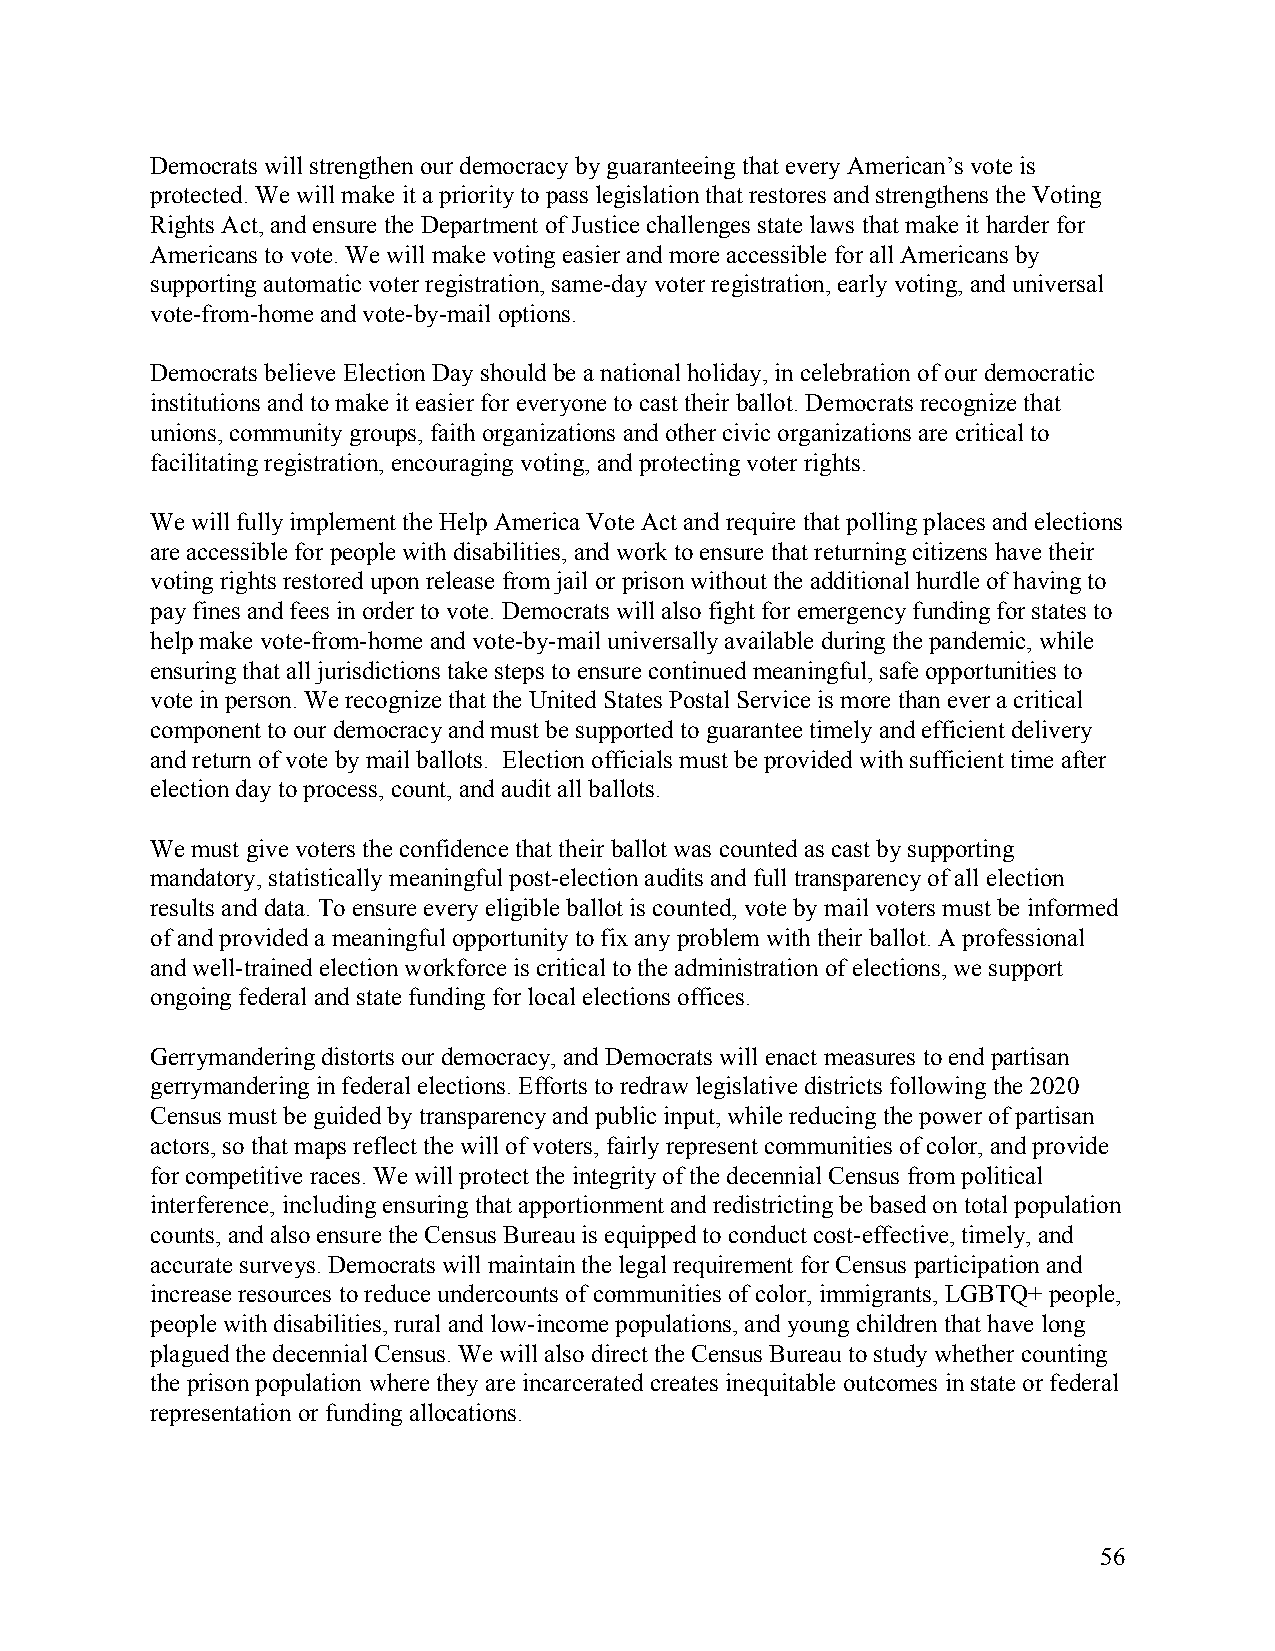
Democrats will strengthen our democracy by guaranteeing that every American’s vote is
 protected. We will make it a priority to pass legislation that restores and strengthens the Voting
 Rights Act, and ensure the Department of Justice challenges state laws that make it harder for
 Americans to vote. We will make voting easier and more accessible for all Americans by
 supporting automatic voter registration, same-day voter registration, early voting, and universal
 vote-from-home and vote-by-mail options.
 Democrats believe Election Day should be a national holiday, in celebration of our democratic
 institutions and to make it easier for everyone to cast their ballot. Democrats recognize that
 unions, community groups, faith organizations and other civic organizations are critical to
 facilitating registration, encouraging voting, and protecting voter rights.
 We will fully implement the Help America Vote Act and require that polling places and elections
 are accessible for people with disabilities, and work to ensure that returning citizens have their
 voting rights restored upon release from jail or prison without the additional hurdle of having to
 pay fines and fees in order to vote. Democrats will also fight for emergency funding for states to
 help make vote-from-home and vote-by-mail universally available during the pandemic, while
 ensuring that all jurisdictions take steps to ensure continued meaningful, safe opportunities to
 vote in person. We recognize that the United States Postal Service is more than ever a critical
 component to our democracy and must be supported to guarantee timely and efficient delivery
 and return of vote by mail ballots. Election officials must be provided with sufficient time after
 election day to process, count, and audit all ballots.
 We must give voters the confidence that their ballot was counted as cast by supporting
 mandatory, statistically meaningful post-election audits and full transparency of all election
 results and data. To ensure every eligible ballot is counted, vote by mail voters must be informed
 of and provided a meaningful opportunity to fix any problem with their ballot. A professional
 and well-trained election workforce is critical to the administration of elections, we support
 ongoing federal and state funding for local elections offices.
 Gerrymandering distorts our democracy, and Democrats will enact measures to end partisan
 gerrymandering in federal elections. Efforts to redraw legislative districts following the 2020
 Census must be guided by transparency and public input, while reducing the power of partisan
 actors, so that maps reflect the will of voters, fairly represent communities of color, and provide
 for competitive races. We will protect the integrity of the decennial Census from political
 interference, including ensuring that apportionment and redistricting be based on total population
 counts, and also ensure the Census Bureau is equipped to conduct cost-effective, timely, and
 accurate surveys. Democrats will maintain the legal requirement for Census participation and
 increase resources to reduce undercounts of communities of color, immigrants, LGBTQ+ people,
 people with disabilities, rural and low-income populations, and young children that have long
 plagued the decennial Census. We will also direct the Census Bureau to study whether counting
 the prison population where they are incarcerated creates inequitable outcomes in state or federal
 representation or funding allocations.
 56